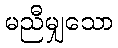
မညီမျှသော